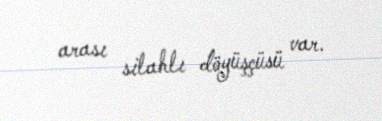
arası silahlı döyüşçüsü var.